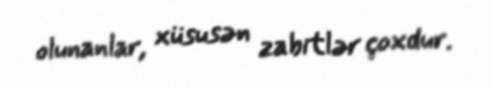
olunanlar, xüsusən zabitlər çoxdur.